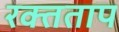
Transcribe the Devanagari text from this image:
रक्तताप